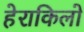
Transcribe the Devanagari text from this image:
हेराकिलो